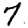
Digit: 7